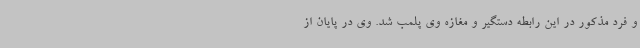
و فرد مذکور در این رابطه دستگیر و مغازه وی پلمب شد. وی در پایان از